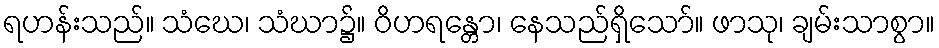
ရဟန်းသည်။ သံဃေ၊ သံဃာ၌။ ဝိဟရန္တော၊ နေသည်ရှိသော်။ ဖာသု၊ ချမ်းသာစွာ။